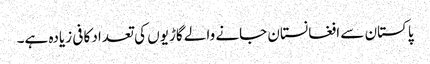
پاکستان سے افغانستان جانے والے گاڑیوں کی تعداد کافی زیادہ ہے۔